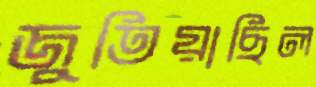
জুতিয়াছিল